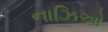
નાઝિઓ